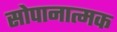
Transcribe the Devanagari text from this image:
सोपानात्मक